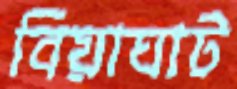
বিয়াঘাট